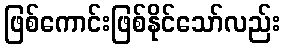
ဖြစ်ကောင်းဖြစ်နိုင်သော်လည်း